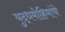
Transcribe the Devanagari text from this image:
युद्धमोहिमांचे